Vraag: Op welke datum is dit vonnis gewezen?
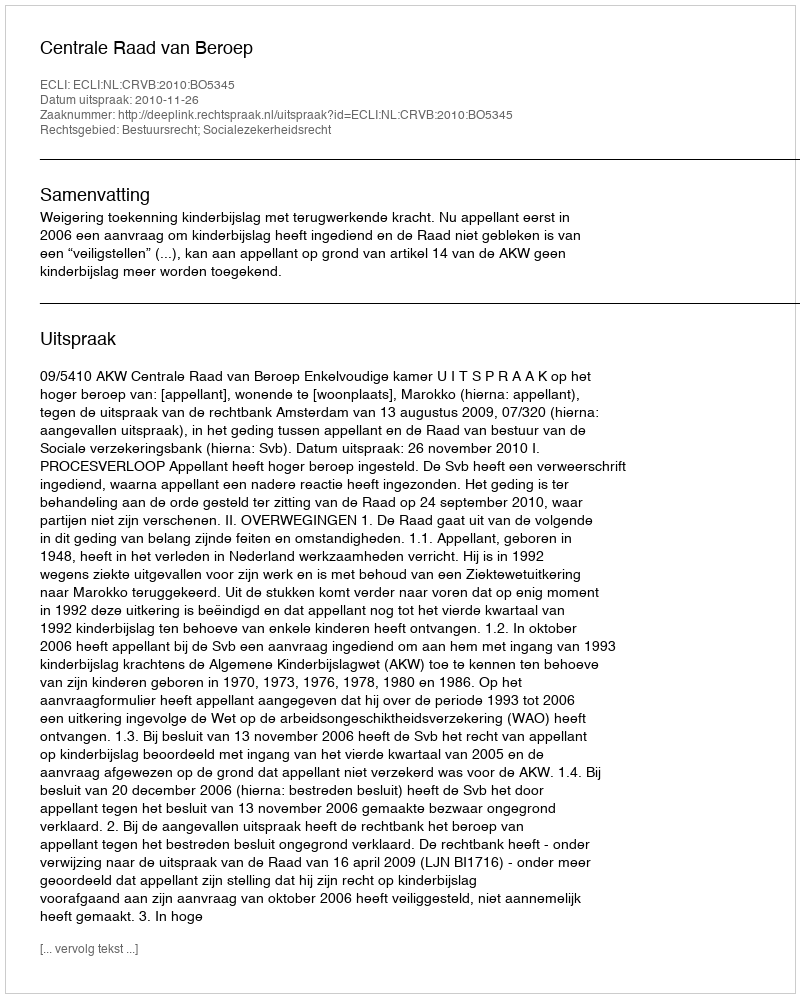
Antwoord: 2010-11-26